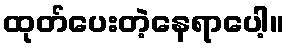
ထုတ်ပေးတဲ့နေရာပေါ့။